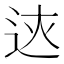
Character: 𨒏